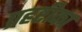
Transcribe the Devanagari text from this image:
प्रहरीका